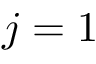
j = 1